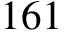
1 6 1